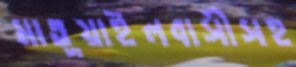
মাতুয়াইলবাসীসহ